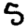
Digit: 5